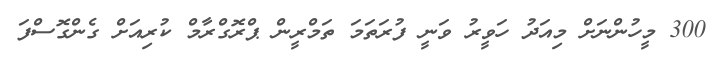
300 މީހުންނަށް މިއަދު ހަވީރު ވަނީ ފުރަތަމަ ތަމްރީން ޕްރޮގްރާމް ކުރިއަށް ގެންގޮސްފަ